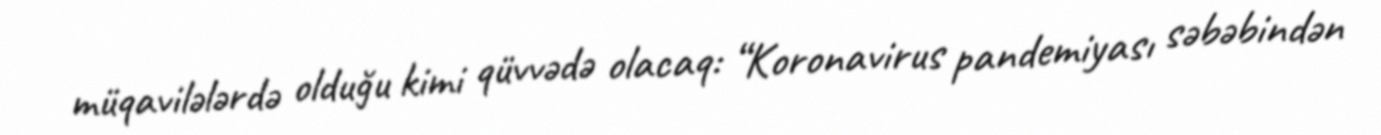
müqavilələrdə olduğu kimi qüvvədə olacaq: “Koronavirus pandemiyası səbəbindən